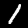
Digit: 1